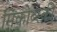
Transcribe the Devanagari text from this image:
मिंकोव्स्की